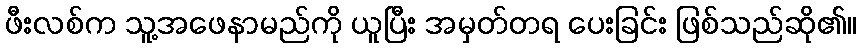
ဖီးလစ်က သူ့အဖေနာမည်ကို ယူပြီး အမှတ်တရ ပေးခြင်း ဖြစ်သည်ဆို၏။